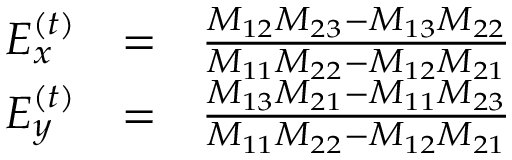
\begin{array} { r l r } { E _ { x } ^ { \left( t \right) } } & { = } & { \frac { M _ { 1 2 } M _ { 2 3 } - M _ { 1 3 } M _ { 2 2 } } { M _ { 1 1 } M _ { 2 2 } - M _ { 1 2 } M _ { 2 1 } } } \\ { E _ { y } ^ { \left( t \right) } } & { = } & { \frac { M _ { 1 3 } M _ { 2 1 } - M _ { 1 1 } M _ { 2 3 } } { M _ { 1 1 } M _ { 2 2 } - M _ { 1 2 } M _ { 2 1 } } } \end{array}